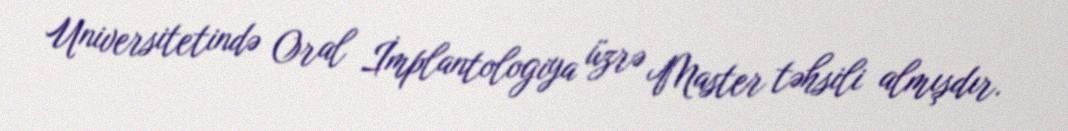
Universitetində Oral İmplantologiya üzrə Master təhsili almışdır.